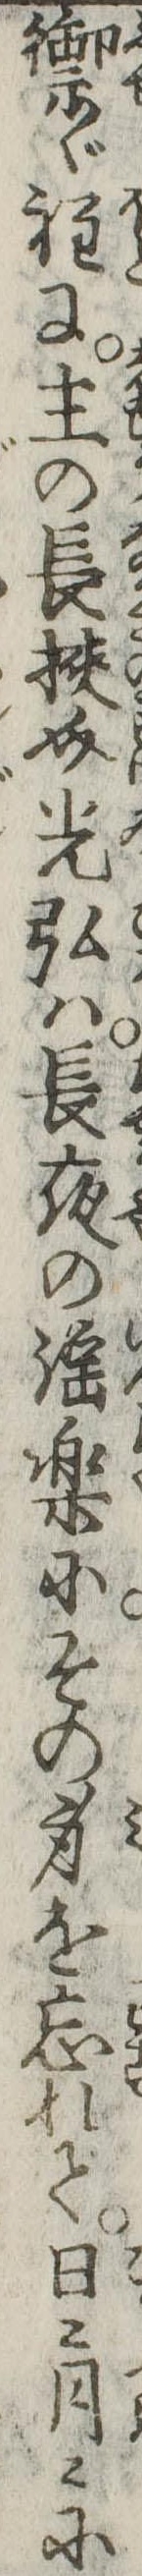
禦ぐ程に主の長挟介光弘は長夜の淫楽にその身を忘れて日々月々に